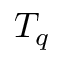
T _ { q }